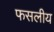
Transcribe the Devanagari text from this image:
फसलीय